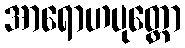
အာရောဟပုတ္တော